Note on the mental hospitals in Burma - 1925-1940
Year: 1925
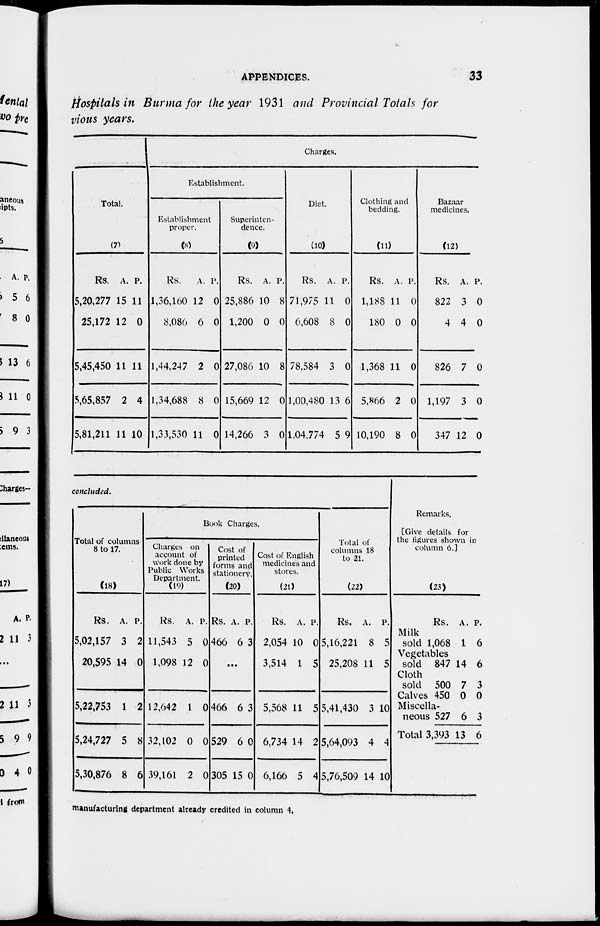
APPENDICES.
33
Hospitals in Burma for the year 1931 and Provincial Totals for
vious years.
Total.
(7)
Rs.
5,20,277
25,172
5,45,450
5,65,857
5,81,211
A.
15
12
11
2
11
P.
11
0
11
4
10
Charges.
Establishment.
Establishment
proper.
(8)
Rs.
1,36,160
8,086
1,44,247
1,34,688
1,33,530
A.
12
6
2
8
11
P.
0
0
0
0
0
Superinten-
dence.
(9)
Rs.
25,886
1,200
27,086
15,669
14,266
A.
10
0
10
12
3
P.
8
0
8
0
0
Diet.
(10)
Rs.
71,975
6,608
78,584
1,00,480
1,04,774
A.
11
8
3
13
5
P.
0
0
0
6
9
Clothing and
bedding.
(11)
Rs.
1,188
180
1,368
5,866
10,190
A.
11
0
11
2
8
P.
0
0
0
0
0
Bazaar
medicines.
(12)
Rs.
822
4
826
1,197
347
A.
3
4
7
3
12
P.
0
0
0
0
0
concluded.
Total of columns
8 to 17.
(18)
Rs.
5,02,157
20,595
5,22,753
5,24,727
5,30,876
A.
3
14
1
5
8
P.
2
0
2
8
6
Book Charges.
Charges on
account of
work done by
Public Works
Department.
(19)
Rs.
11,543
1,098
12,642
32,102
39,161
A.
5
12
1
0
2
P.
0
0
0
0
0
Cost of
printed
forms and
stationery.
(20)
Rs.
466
A.
6
P.
3
.. .
466
529
305
6
6
15
3
0
0
Cost of English
medicines and
stores.
(21)
Rs.
2,054
3,514
5,568
6,734
6,166
A.
10
1
11
14
5
P.
0
5
5
2
4
Total of
columns 18
to 21.
(22)
Rs.
5,16,221
25,208
5,41,430
5,64,093
5,76,509
A.
8
11
3
4
14
P.
5
5
10
4
10
Remarks.
[Give details for
the figures shown in
column 6.]
(23)
Rs.
Milk
sold 1,068
Vegetables
sold 847
Cloth
sold 500
Calves 450
Miscella-
neous 527
Total 3,393
A.
1
14
7
0
6
13
P.
6
6
3
0
3
6
manufacturing department already credited in column 4.